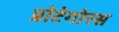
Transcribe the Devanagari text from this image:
प्रोटेगोरस